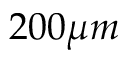
2 0 0 \mu m